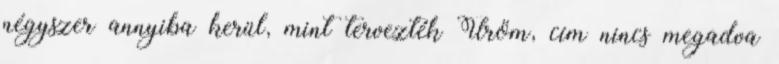
négyszer annyiba kerül, mint tervezték Üröm, cím nincs megadva